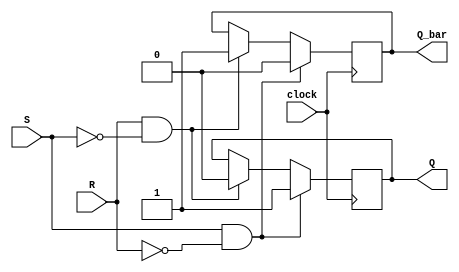
module sr_flip_flop(
    input S,
    input R,
    input clock,
    output reg Q,
    output reg Q_bar
);

always @(posedge clock) begin
    if (S && !R) begin
        Q <= 1;
        Q_bar <= 0;
    end else if (R && !S) begin
        Q <= 0;
        Q_bar <= 1;
    end
end

endmodule